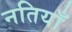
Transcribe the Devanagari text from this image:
नतियाँ